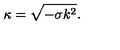
\kappa = \sqrt { - \sigma k ^ { 2 } } .